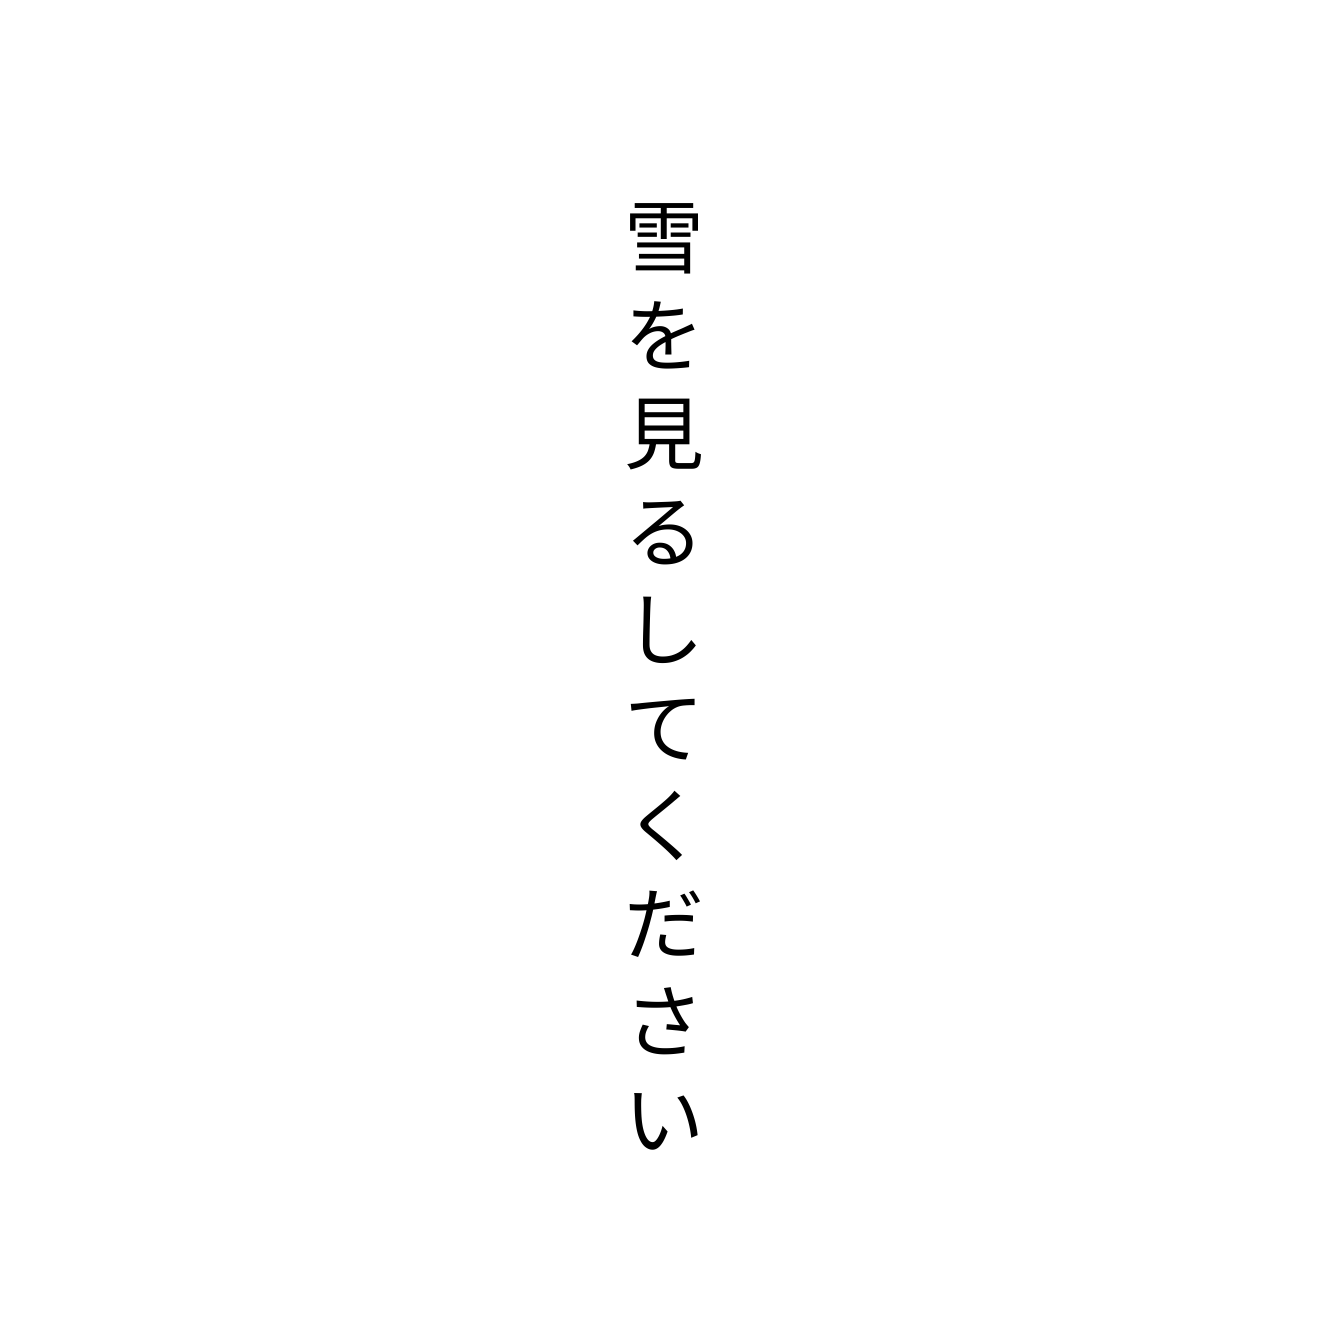
雪を見るしてください